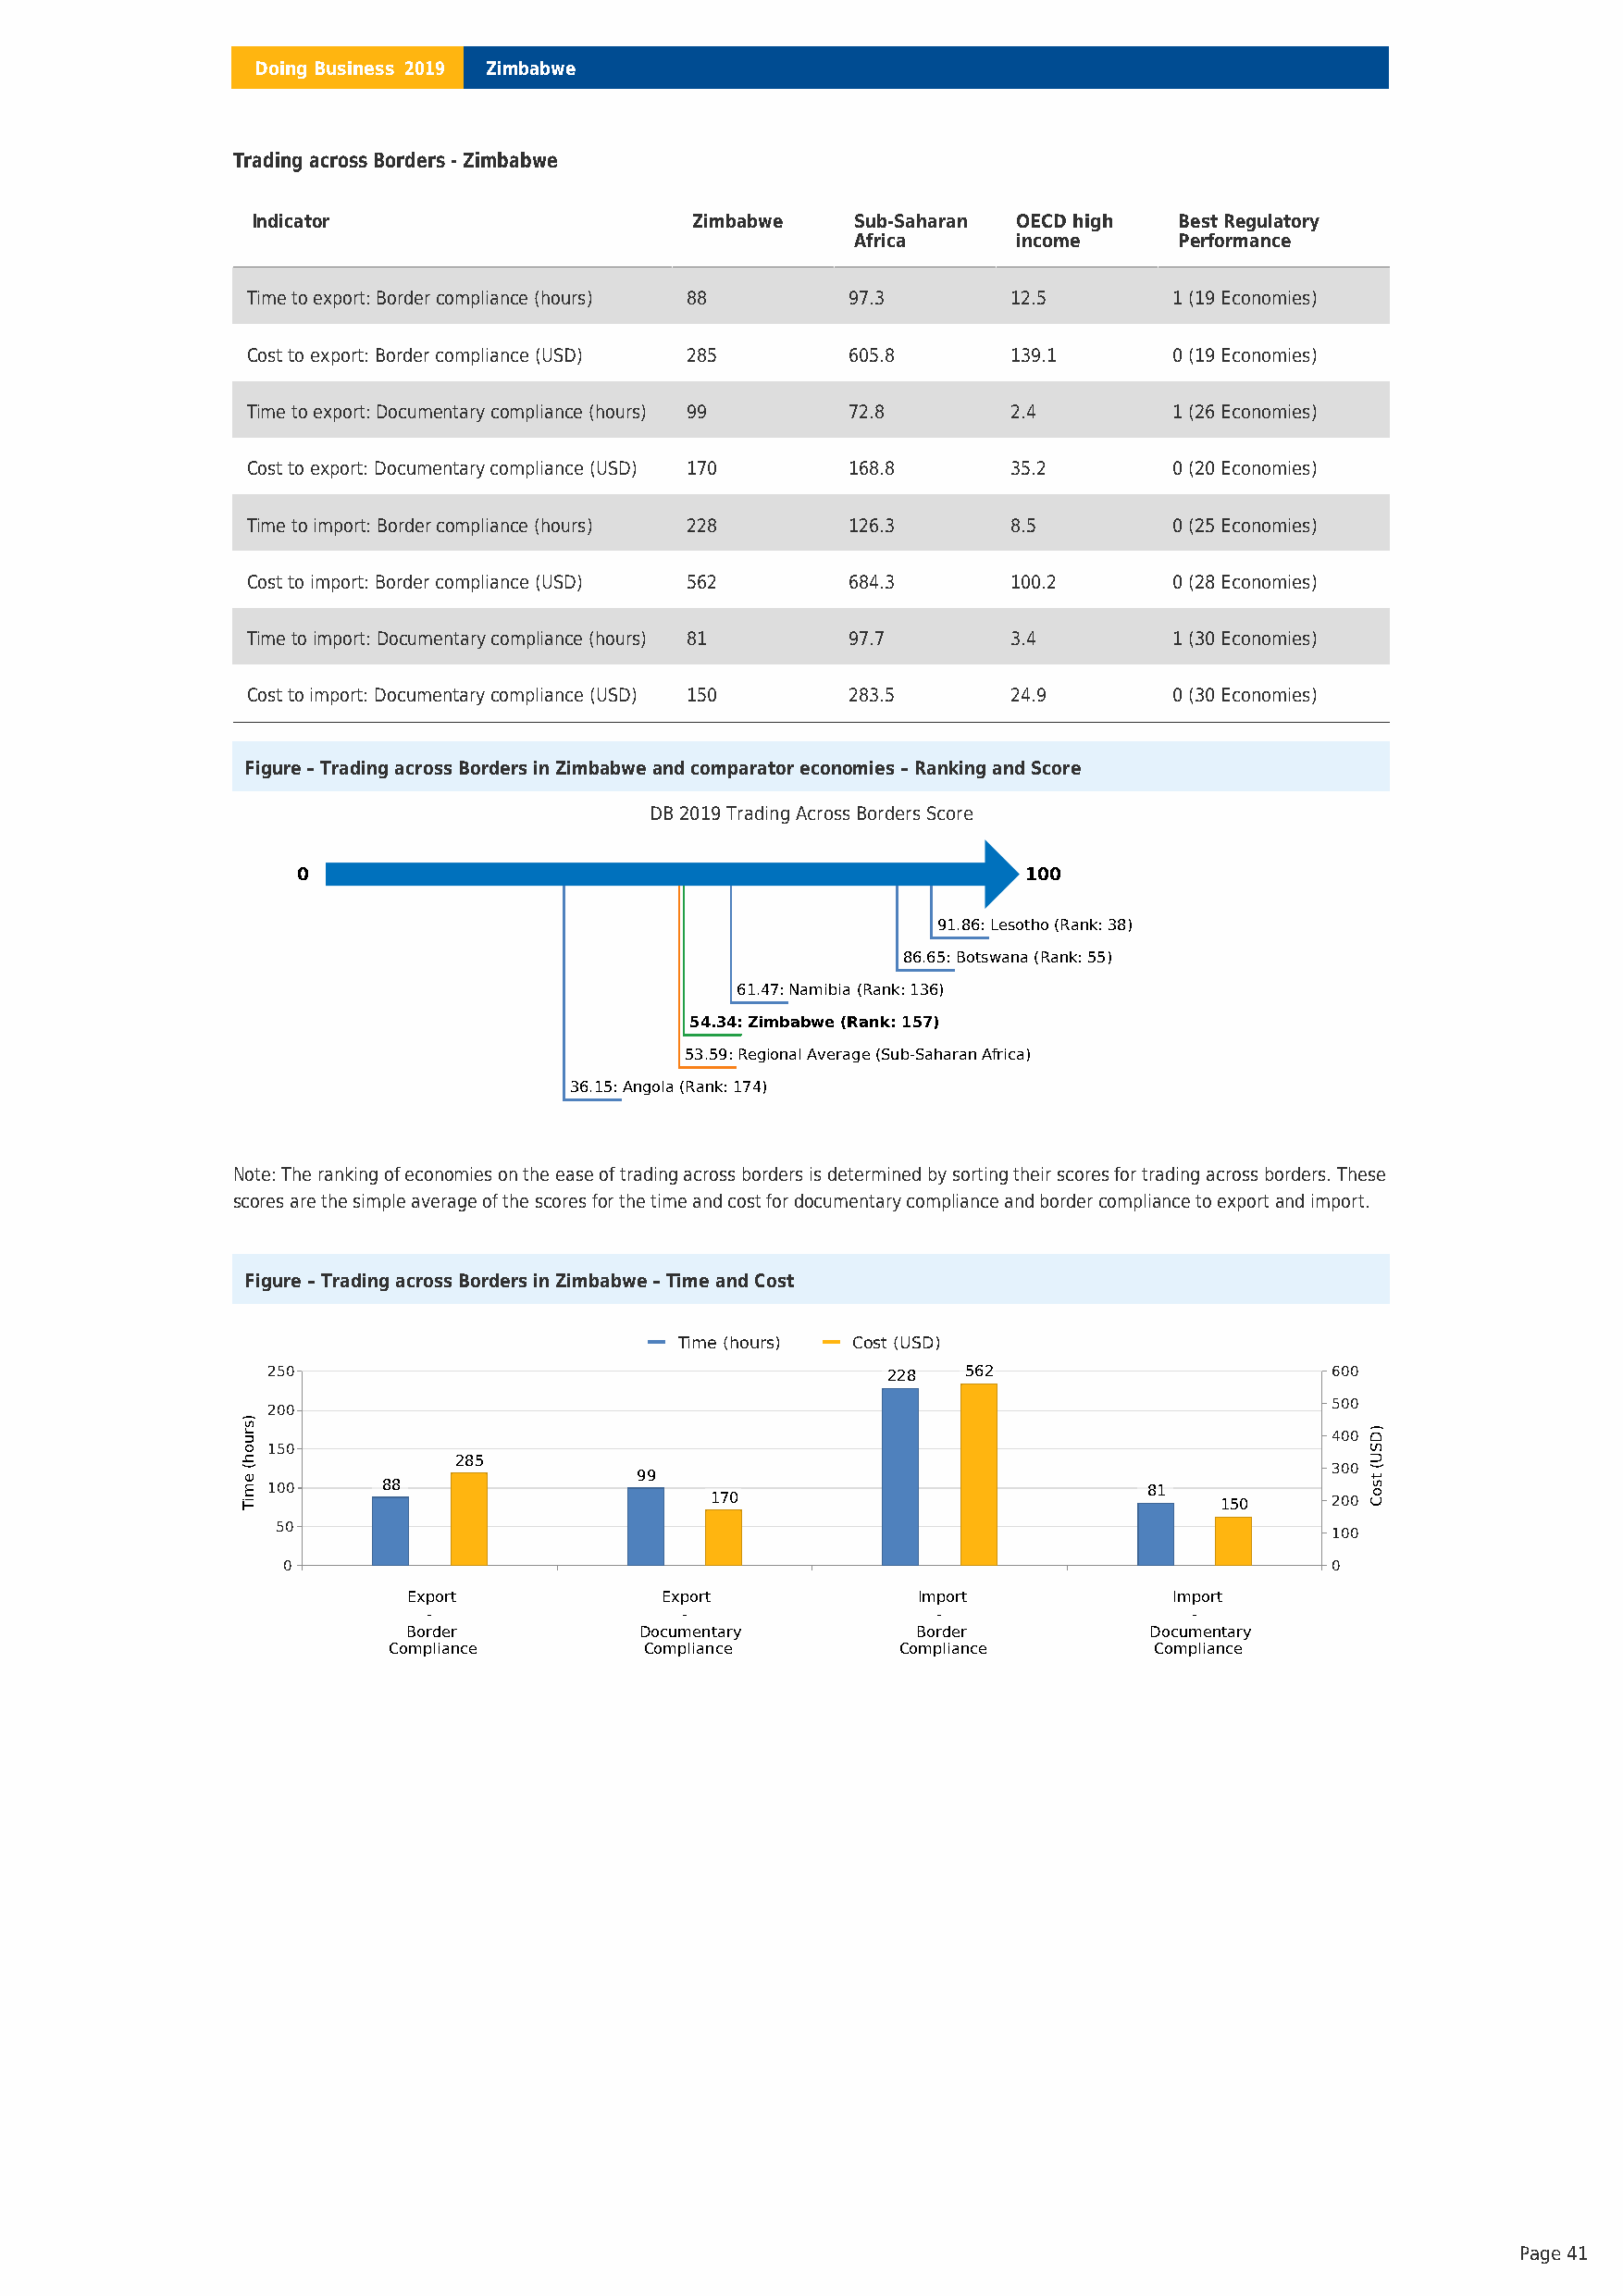
Doing Business 2019 Zimbabwe
 Trading across Borders - Zimbabwe
 Indicator                       Zimbabwe   Sub-Saharan OECD high  Best Regulatory
 Africa      income     Performance
 Time to export: Border compliance (hours) 88 97.3     12.5        1 (19 Economies)
 Cost to export: Border compliance (USD) 285 605.8     139.1       0 (19 Economies)
 Time to export: Documentary compliance (hours) 99 72.8 2.4        1 (26 Economies)
 Cost to export: Documentary compliance (USD) 170 168.8 35.2       0 (20 Economies)
 Time to import: Border compliance (hours) 228 126.3   8.5         0 (25 Economies)
 Cost to import: Border compliance (USD) 562 684.3     100.2       0 (28 Economies)
 Time to import: Documentary compliance (hours) 81 97.7 3.4        1 (30 Economies)
 Cost to import: Documentary compliance (USD) 150 283.5 24.9       0 (30 Economies)
 Figure – Trading across Borders in Zimbabwe and comparator economies – Ranking and Score
 DB 2019 Trading Across Borders Score
 0                                                   100
 91.86: Lesotho (Rank: 38)
 86.65: Botswana (Rank: 55)
 61.47: Namibia (Rank: 136)
 54.34: Zimbabwe (Rank: 157)
 53.59: Regional Average (Sub-Saharan Africa)
 36.15: Angola (Rank: 174)
 Note: The ranking of economies on the ease of trading across borders is determined by sorting their scores for trading across borders. These
 scores are the simple average of the scores for the time and cost for documentary compliance and border compliance to export and import.
 Figure – Trading across Borders in Zimbabwe – Time and Cost
 Time (hours) Cost (USD)
 250                                         228   562                       600
 500
 200
 400
 150
 285
 300
 99 100 88                           81
 170                                 150     200
 50
 100
 0                                                                          0
 Export            Export             Import            Import
 -                 -                 -                 -
 Border           Documentary         Border          Documentary
 Compliance        Compliance        Compliance         Compliance
 Page 41
 )sruoh(
 emiT
 )DSU(
 tsoC